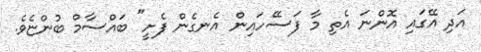
އަދި އޭގައި އޮންނަ އެތި މާ ފަސޭހައިން އެނގެން ފެށީ" ބައްސާމް ބުންޏެވެ.